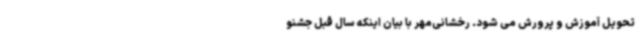
تحویل آموزش و پرورش می شود. رخشانی‌مهر با بیان اینکه سال قبل جشنو